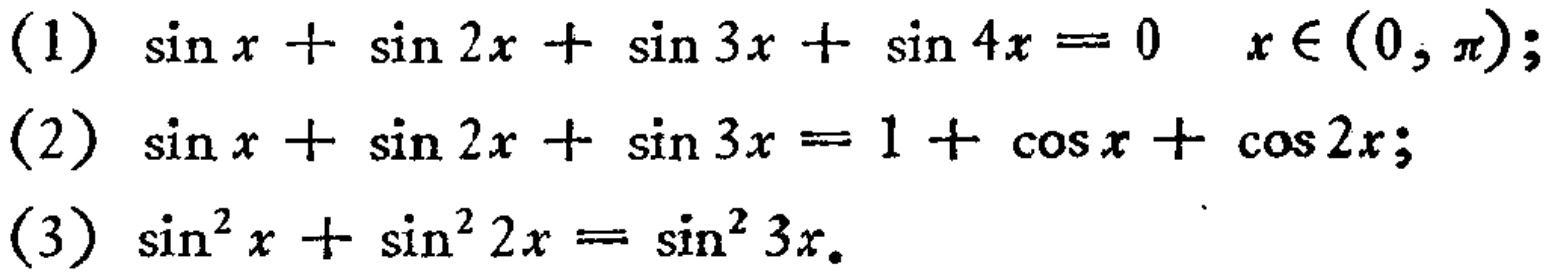
(1) \(\sin x+\sin 2x+\sin 3x+\sin 4x = 0\quad x\in(0,\pi)\);
(2) \(\sin x+\sin 2x+\sin 3x = 1+\cos x+\cos 2x\);
(3) \(\sin^{2}x+\sin^{2}2x=\sin^{2}3x\).